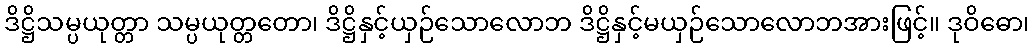
ဒိဋ္ဌိသမ္ပယုတ္တာ သမ္ပယုတ္တတော၊ ဒိဋ္ဌိနှင့်ယှဉ်သောလောဘ ဒိဋ္ဌိနှင့်မယှဉ်သောလောဘအားဖြင့်။ ဒုဝိဓော၊